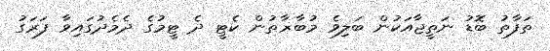
ތަފާތު ބޮޑު ނަތީޖާއަކުން ބަލިވެ މުބާޜާތުން ކެޓީ ދެ ޓީމުގެ ދެމެދުގައިވާ ފަރަގު